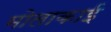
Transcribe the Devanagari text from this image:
मोलाकाई